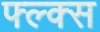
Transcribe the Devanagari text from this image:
फ्ल्क्स